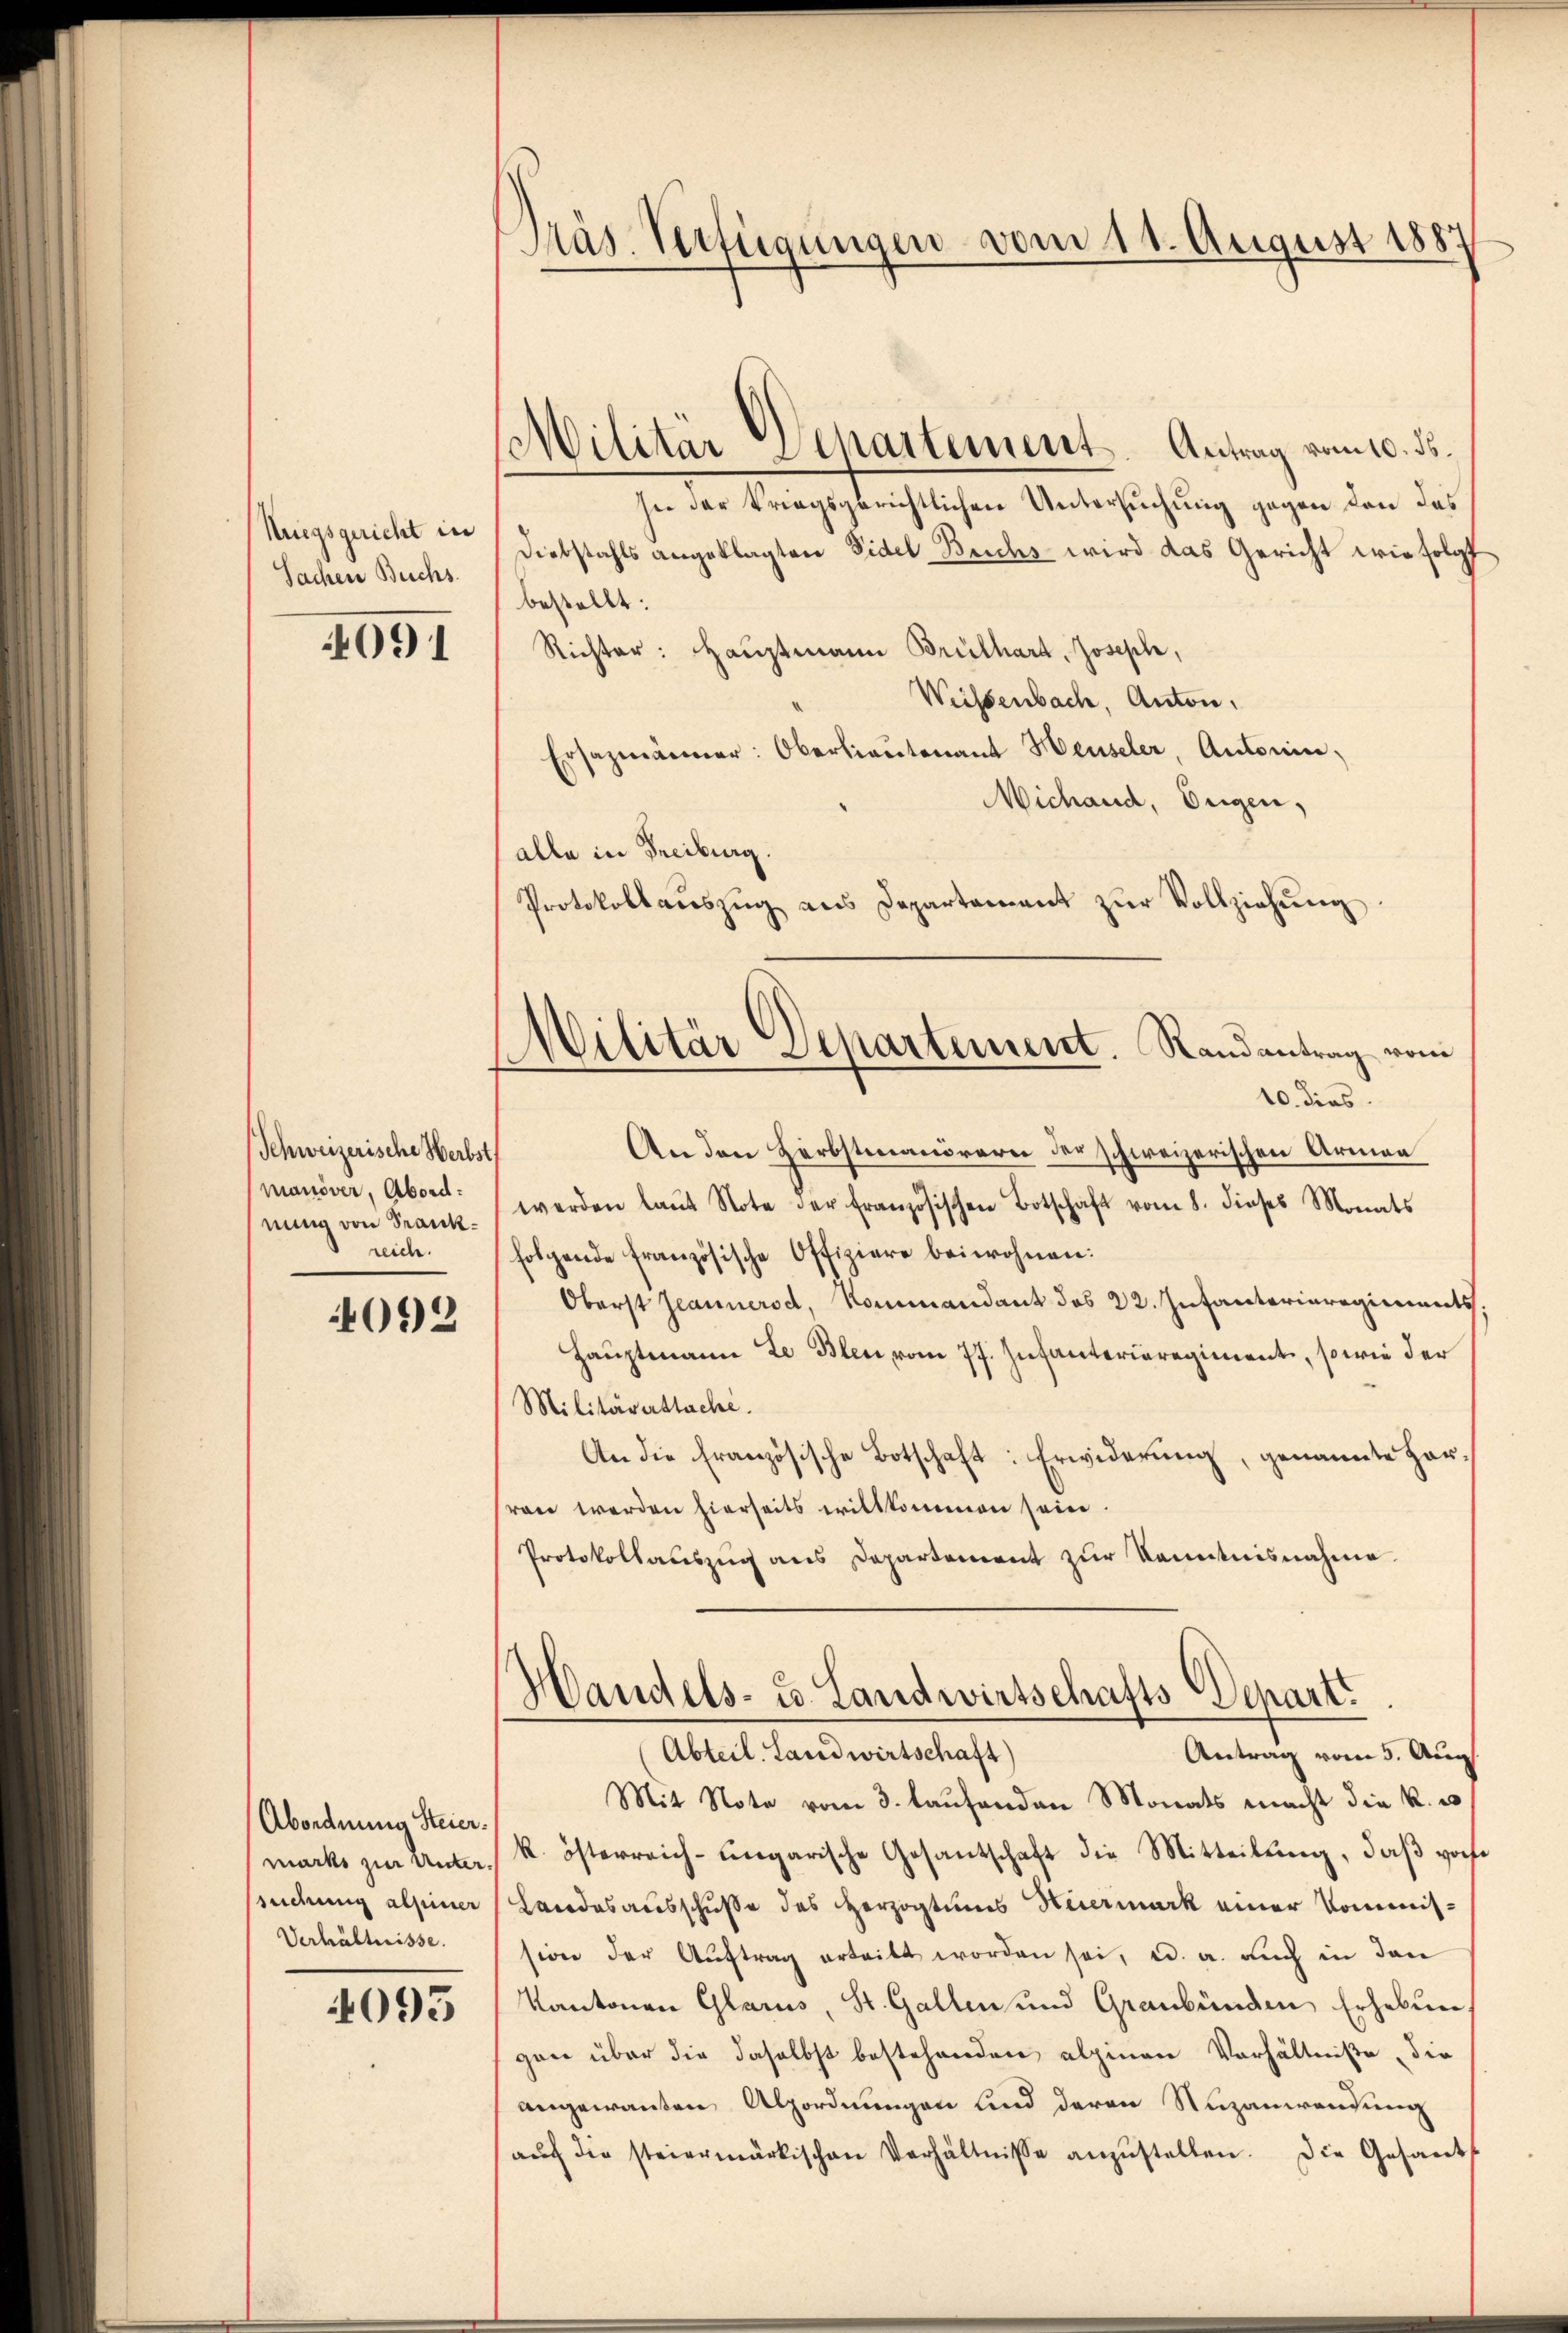
Niegsgericht in
Sachen Buchs.

4091

Schweizerische Herbst
manöver, Abord:
nung von Frankreich.

4092

Abordnung Steier.
suchung alpiner
Verhältnisse.

4095

Träs Verfügungen vom 11. August 1887

Militar Departement. Antrag vom 10. ds.

Militär Departement. Randantrag vom

In der kriegsgerichtlichen Untersuchung gegen den das
Diebstahls angeklagten Fidel Buchs wird das Gericht wie folgt
bestellt.
Richter: Hauptmann Brüthard, Joseph,
Weisenbach, Anton,
Ersatzmänner: Oberlieŭtenant Heusler, Antonin,
Michaud, Eugen,
alle in Freiburg.
Protokollaŭszŭg ans Departement zŭr Vollziehŭng.
10. dies
An den Herbstmanörern der schweizerischen Armen
werden laŭt Note der französischen Botschaft vom 8. dieses Monats
folgende französische Offiziere beiwohnen:
Oberst Jeannerod, Kommandant des 22. Infanteriaregiments.
Hauptmann Le Bleu vom 77. Infanteriaregiment, sowie der
Militärattache.
An die Französische Botschaft: Erwiderung, genannte Harvon werden hierseits willkommen sein.
Protokollauszug aus Departement zur Kenntnisnahme.
Handels- u. Landwirtschafts-Depart
Abteil. Landwirtschaft)
Antrag vom 5. Aug.
Mit Note vom 3. laŭfenden Monats macht die K. w
macks zur Unter k. österreich-ungarische Gesantschaft die Mitteilung, daß vorhe
Landesausschusse des Herzogtums Heiermark einer Kommission der Aŭftrag erteilt worden sei, a. a. auch in den
Kantonen Glarus, St. Gallen und Graubünden Erhebungen über die daselbst bestehenden alpinen Verhältniße die
angewanten Alpordnungen und deren Nuzanwendung
aŭch die steiermärkischen Verhältnisse anzŭstellen. Die Gesants